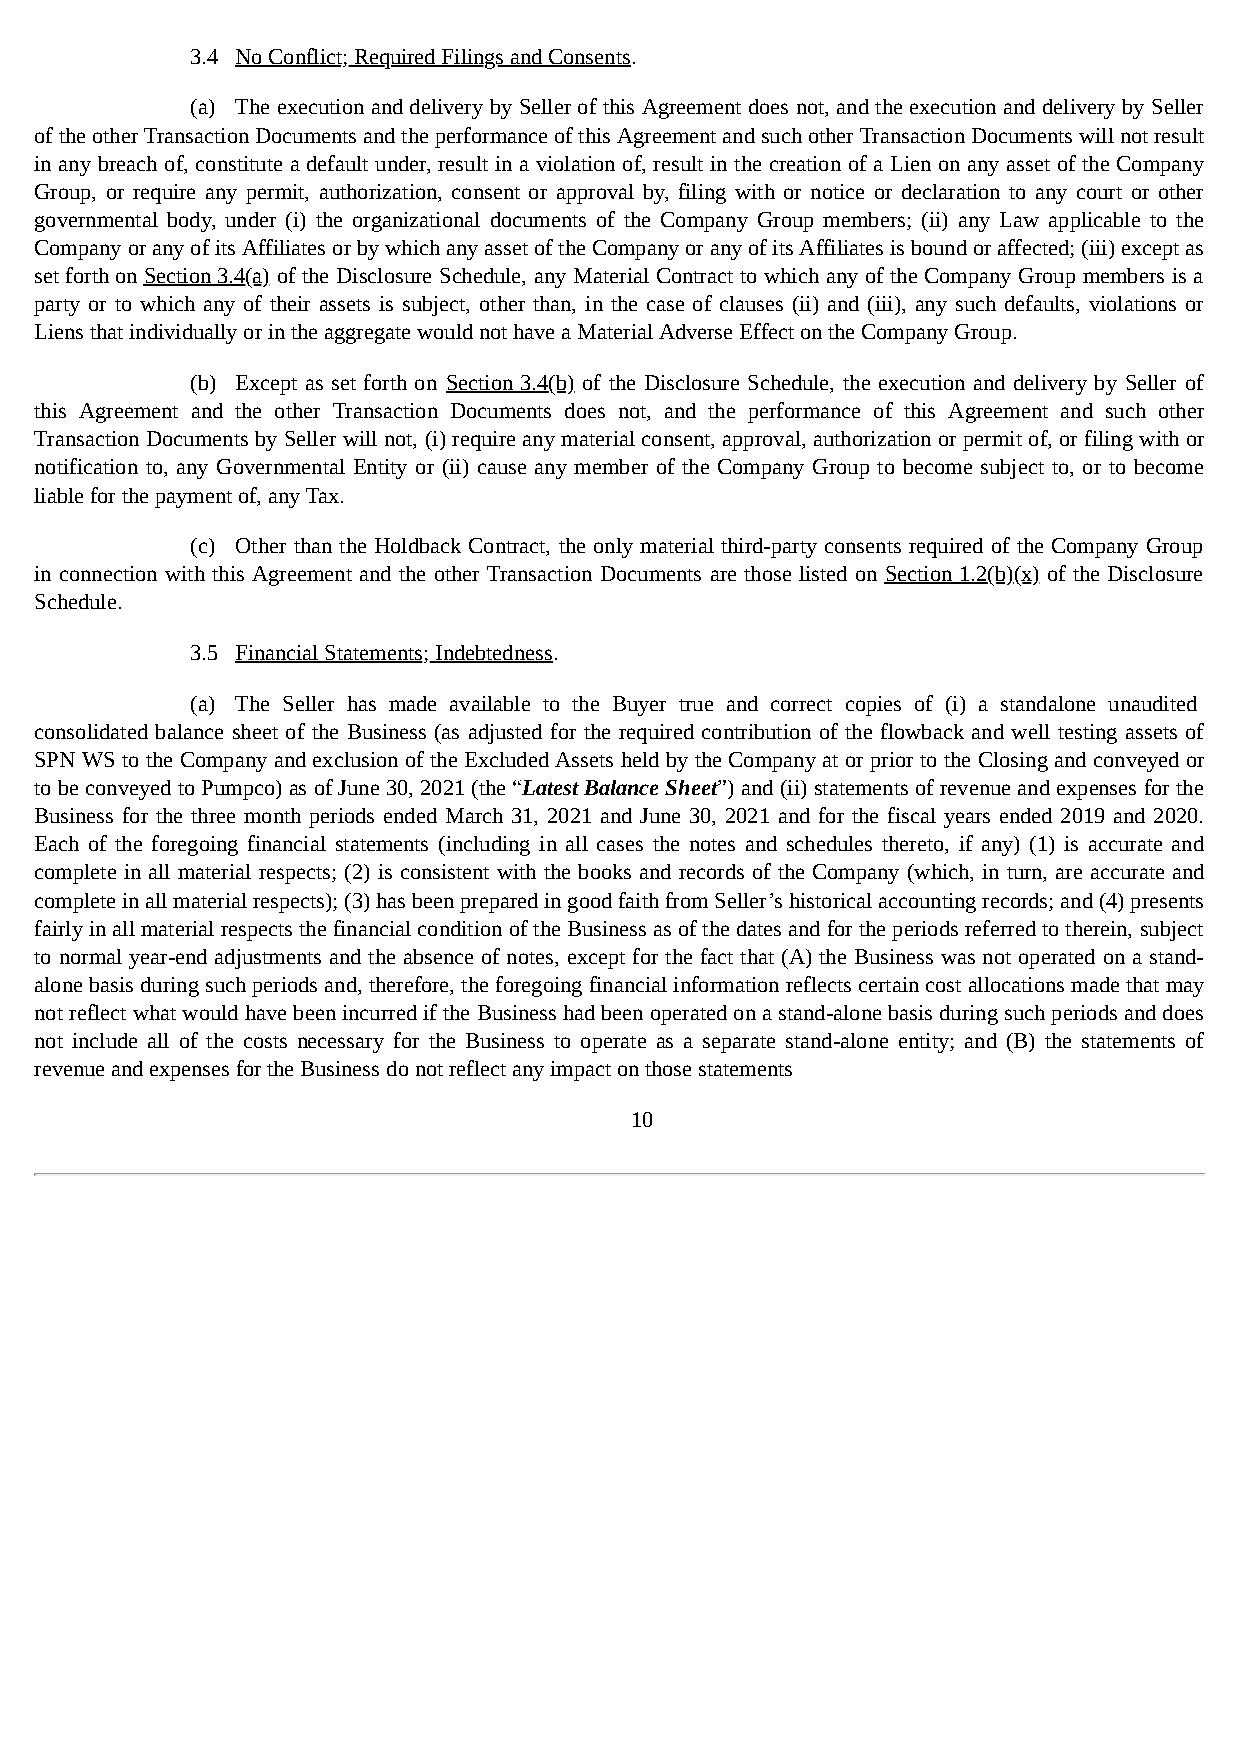
3.4 No Conflict; Required Filings and Consents.
 (a) The execution and delivery by Seller of this Agreement does not, and the execution and delivery by Seller
 of the other Transaction Documents and the performance of this Agreement and such other Transaction Documents will not result
 in any breach of, constitute a default under, result in a violation of, result in the creation of a Lien on any asset of the Company
 Group, or require any permit, authorization, consent or approval by, filing with or notice or declaration to any court or other
 governmental body, under (i) the organizational documents of the Company Group members; (ii) any Law applicable to the
 Company or any of its Affiliates or by which any asset of the Company or any of its Affiliates is bound or affected; (iii) except as
 set forth on Section 3.4(a) of the Disclosure Schedule, any Material Contract to which any of the Company Group members is a
 party or to which any of their assets is subject, other than, in the case of clauses (ii) and (iii), any such defaults, violations or
 Liens that individually or in the aggregate would not have a Material Adverse Effect on the Company Group.
 (b) Except as set forth on Section 3.4(b) of the Disclosure Schedule, the execution and delivery by Seller of
 this Agreement and the other Transaction Documents does not, and the performance of this Agreement and such other
 Transaction Documents by Seller will not, (i) require any material consent, approval, authorization or permit of, or filing with or
 notification to, any Governmental Entity or (ii) cause any member of the Company Group to become subject to, or to become
 liable for the payment of, any Tax.
 (c) Other than the Holdback Contract, the only material third-party consents required of the Company Group
 in connection with this Agreement and the other Transaction Documents are those listed on Section 1.2(b)(x) of the Disclosure
 Schedule.
 3.5 Financial Statements; Indebtedness.
 (a) The Seller has made available to the Buyer true and correct copies of (i) a standalone unaudited
 consolidated balance sheet of the Business (as adjusted for the required contribution of the flowback and well testing assets of
 SPN WS to the Company and exclusion of the Excluded Assets held by the Company at or prior to the Closing and conveyed or
 to be conveyed to Pumpco) as of June 30, 2021 (the “Latest Balance Sheet”) and (ii) statements of revenue and expenses for the
 Business for the three month periods ended March 31, 2021 and June 30, 2021 and for the fiscal years ended 2019 and 2020.
 Each of the foregoing financial statements (including in all cases the notes and schedules thereto, if any) (1) is accurate and
 complete in all material respects; (2) is consistent with the books and records of the Company (which, in turn, are accurate and
 complete in all material respects); (3) has been prepared in good faith from Seller’s historical accounting records; and (4) presents
 fairly in all material respects the financial condition of the Business as of the dates and for the periods referred to therein, subject
 to normal year-end adjustments and the absence of notes, except for the fact that (A) the Business was not operated on a stand-
 alone basis during such periods and, therefore, the foregoing financial information reflects certain cost allocations made that may
 not reflect what would have been incurred if the Business had been operated on a stand-alone basis during such periods and does
 not include all of the costs necessary for the Business to operate as a separate stand-alone entity; and (B) the statements of
 revenue and expenses for the Business do not reflect any impact on those statements
 10